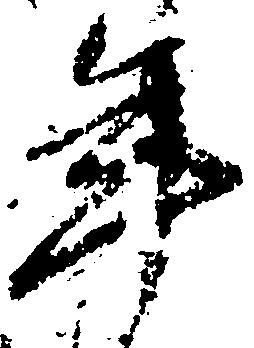
年